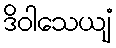
ဒိဝါသေယျံ